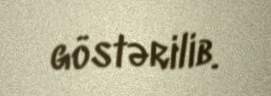
göstərilib.